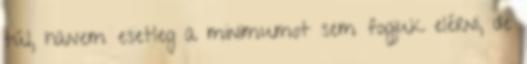
túl, hanem esetleg a minimumot sem fogjuk elérni, de